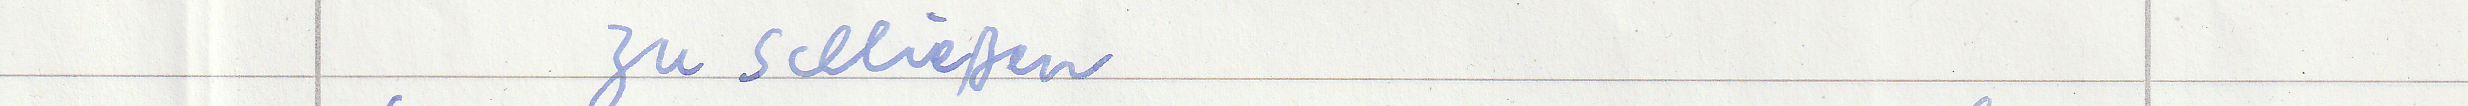
zu schließen